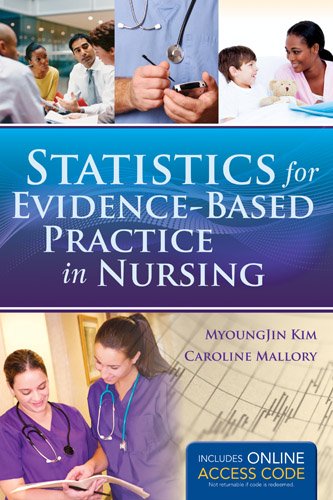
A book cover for Statistics For Evidence-Based Practice In Nursing; MyoungJin Kim; Medical Books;